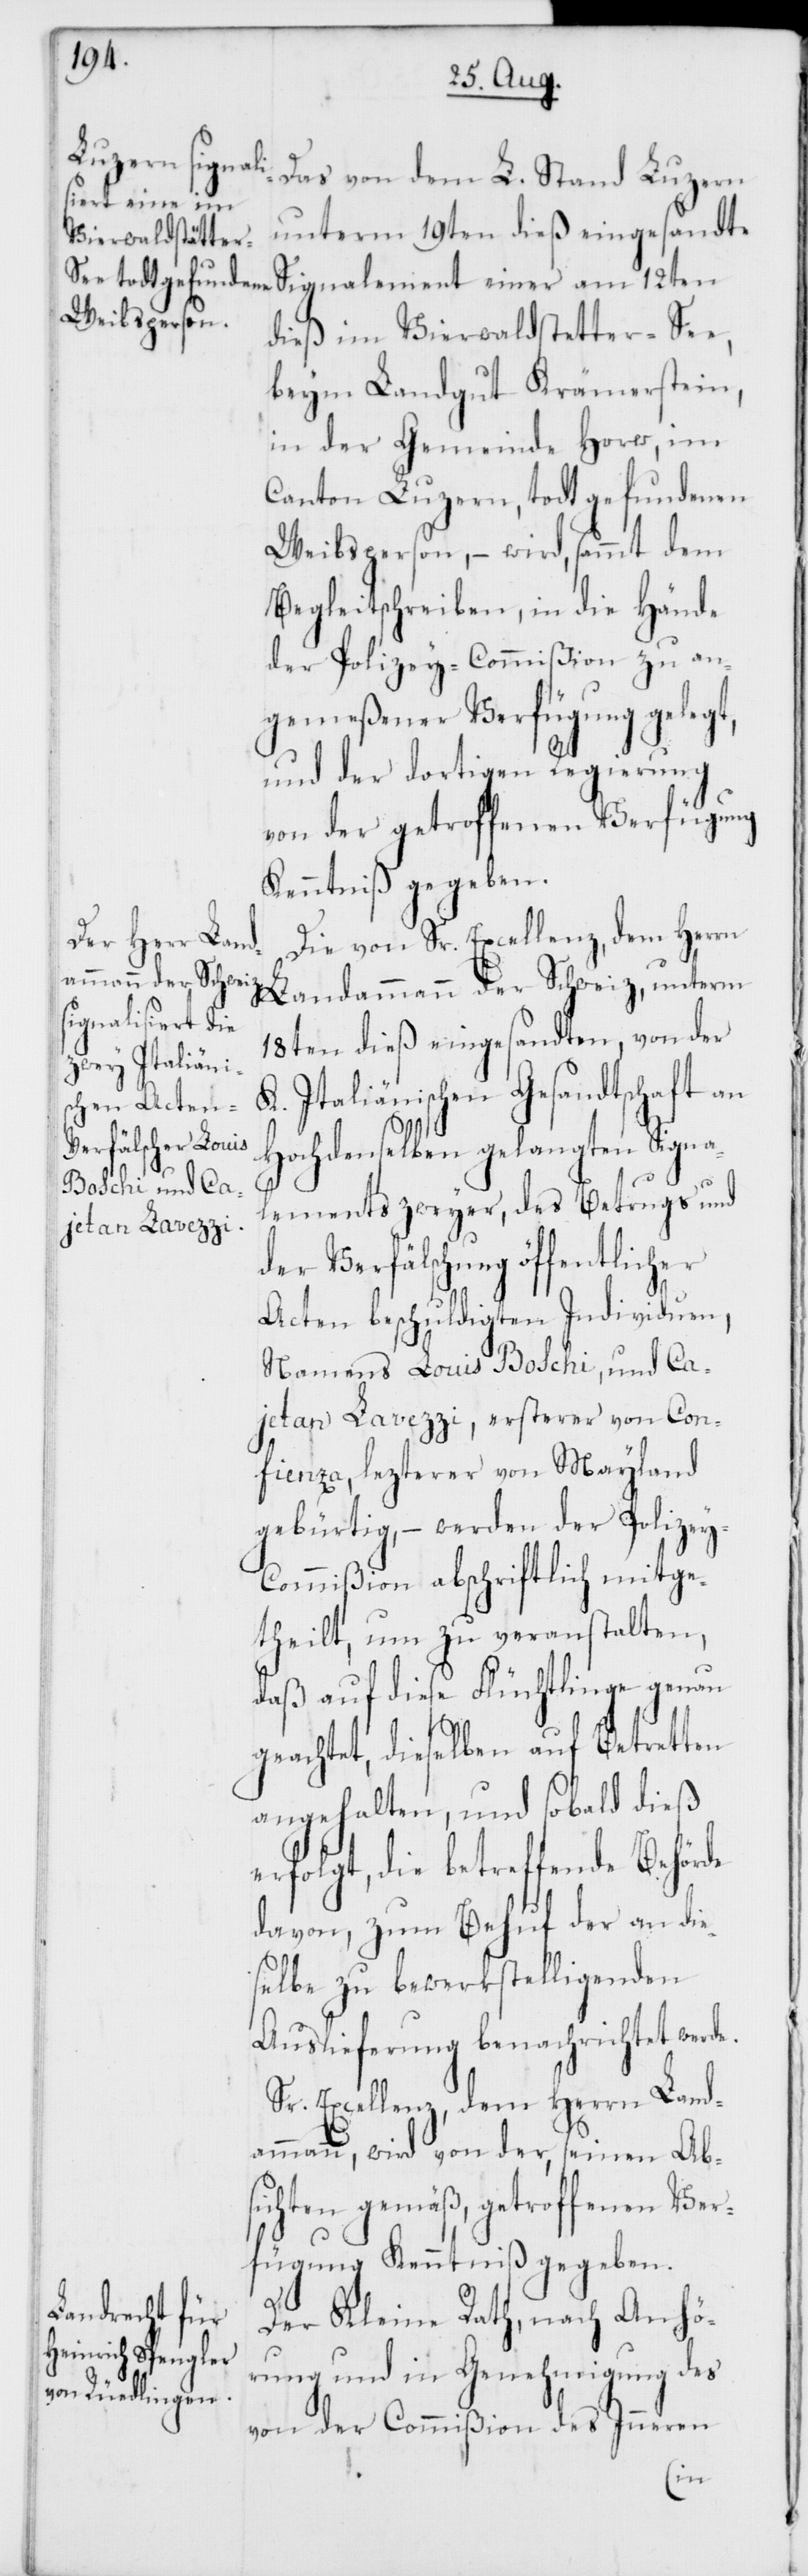
der Schweiz,
Das von dem L. Stand Luzern
unterm 19ten dieß eingesandte
Signalement einer am 12ten
dieß im Vierwaldstätter-See,
beim Landgut Krämerstein,
in der Gemeinde Horw, im
Canton Luzern, todt gefundenen
Weibsperson, – wird, sammt dem
Begleitschreiben, in die Hände
der Polizey-Commißion zu an¬
gemeßener Verfügung gelegt,
und der dortigen Regierung
von der getroffenen Verfügung
Kenntniß gegeben.
Die von Sr. Excellenz dem Herrn
18ten dieß eingesandten, von der
Italiänischen Gesandtschaft an
Hochdenselben gelangten Signa¬
lements zweyer, des Betrugs und
der Verfälschung öffentlicher
Acten beschuldigten Individuen,
Namens Louis Boschi, und Ca¬
jetan Lavezzi, esterer von Con¬
fienza, lezterer von Mayland
gebürtig, – werden der Polize¬
y-Commißion abschriftlich mitge¬
theilt, um zu veranstalten,
daß auf diese Flüchtlinge genau
geachtet, dieselben auf Betretten
angehalten, und sobald dieß
erfolgt, die betreffende Behörde
davon, zum Behuf der an die¬
selbe zu bewerkstelligenden
Auslieferung benachrichtet werde.
Sr. Excellenz dem Herrn Land¬
ammann, wird von der, seinen Abs¬
ichten gemäß, getroffenen Ver¬
fügung, Kenntniß gegeben.
Der Kleine Rath, nach Anhö¬
rung und in Genehmigung des
von der Commißion des Inneren